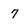
Character: 7